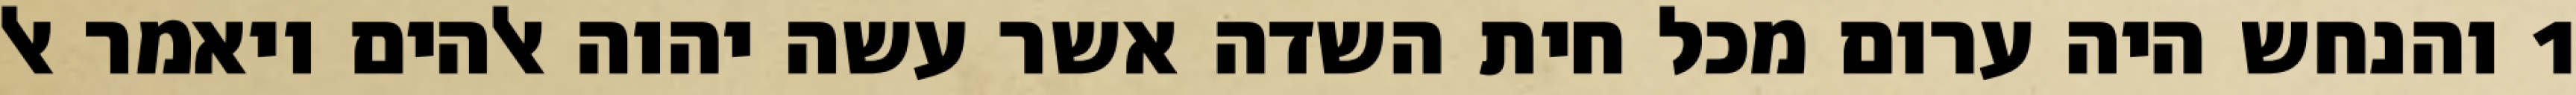
1 והנחש היה ערום מכל חית השדה אשר עשה יהוה אלהים ויאמר אל